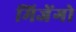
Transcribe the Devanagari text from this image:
मिजेंगो